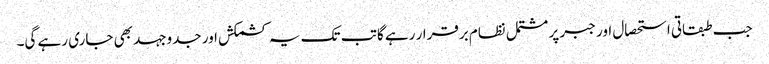
جب طبقاتی استحصال اور جبر پر مشتمل نظام برقرار رہے گا تب تک یہ کشمکش اور جدوجہد بھی جاری رہے گی۔